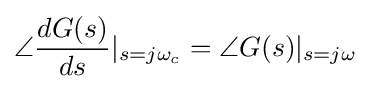
\angle {\frac {dG(s)}{ds}}{|}_{s=j\omega _{c}}=\angle G(s){|}_{s=j\omega }